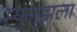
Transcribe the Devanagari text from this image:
म्युलुझला